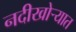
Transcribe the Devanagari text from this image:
नदीखोर्‍यात